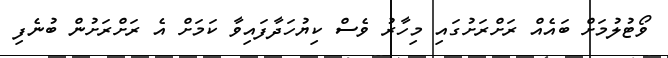
ވޯޓުލުމަށް ބައެއް ރަށްރަށުގައި މިހާރު ވެސް ކިޔުހަދާފައިވާ ކަމަށް އެ ރަށްރަށުން ބުނެފި